Report on lock hospitals in British Burma
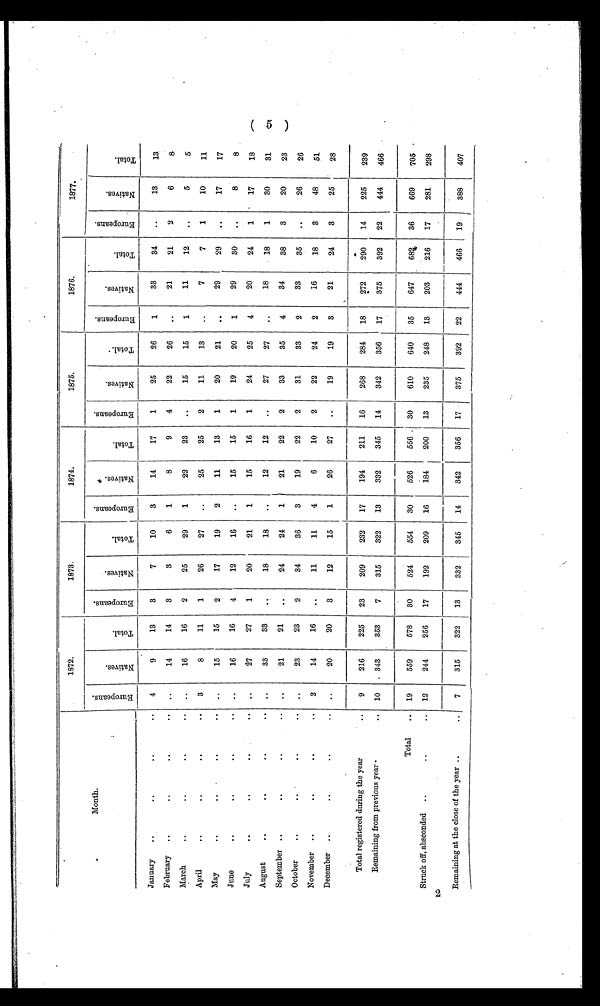
Month.
1872.
1 8 7 3 .
1874.
1875.
1876.
1877.
E u r o p e a n s .
N a t i v e s . T o t a l .
E u r o p e a n s .
N a t i v e s
T o t a l .
E u r o p e a n s .
N a t i v e s .
T o t a l .
E u r o p e a n s .
N a t i v e s .
T o t a l .
E u r o p e a n s .
N a t i v e s .
T o t a l .
E u r o p e a n s .
N a t i v e s .
T o t a l .
January
..
..
..
..
4
9
13
3
7
10
3
14
17
1
25
26
1
33
34
..
13
13
February
..
..
. .
..
..
14
14
3
3
6
1
8
9
4
22
26
..
21
21
2
6
8
March
..
. .
. .
..
..
16
16
2
25
29
1
22
23
..
15
15
1
11
12
. .
5
5
April
. .
. .
. .
..
3
8
11
1
26
27
..
25
25
2
11
13
..
7
7
1
10
11
May
..
..
. .
..
..
15
15
2
17
19
2
11
13
1
20
21
. .
29
29
..
17
17
June
. .
..
•..
••
..
16
16
4
12
16
..
15
15
1
19
20
1
29
30
..
8
8
July
..
..
. .
..
..
27
27
1
20
21
1
15
16
1
24
25
4
20
24
1
17
18
August
. .
..
. .
..
..
33
33 ..
18
18
..
12
12
..
27
27
..
18
18
1
30
31
September ..
. .
. .
..
21
21
..
24
24
1
21
22
2
33
35
4
34
38
3
20
23
October
..
..
..
..
..
23
23
2
34
36
3
19
22
2
31
33
2
33
35
..
26
26
November ..
..
. .
..
2
14
16
..
11
11
4
6
10
2
22
24
2
16
18
3
48
51
December ..
. . ..
..
..
20
20
3
12
15
1
26
27
..
19
19
3
21
24
3
2 5 28
Total registered during the year
..
9
216
225
23
209
232
17
194
211
16
268
284
18
2 7 2
290
14
225
239
Remaining from previous year
..
10
. 343
353
7
315
322
13
332
345
14
342
356
17
375
392
22
444
466
Total
..
19
559
578
30
524
554
30
526
556
30
610
640
35
647
682
36
669
705
Struck off, absconded ..
2
..
..
12
244
256
17
192
209
16
184
200
13
235
248
13
203
216
17
281
298
Remaining at the close of the year ..
..
7
315
3 2 2
13
332
345
14
342
356
17
375
392
22
444
466
19
388
407
(5)